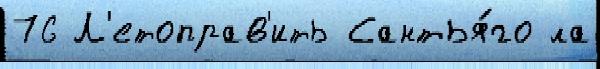
76 Л'етоправ'ить Сантья́го ла